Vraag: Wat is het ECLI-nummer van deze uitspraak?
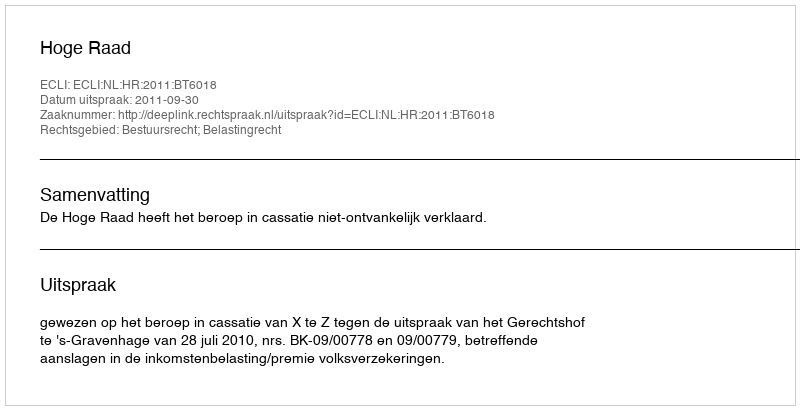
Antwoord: ECLI:NL:HR:2011:BT6018